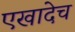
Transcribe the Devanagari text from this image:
एखादेच